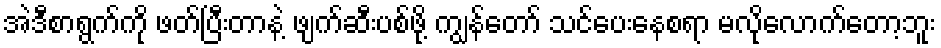
အဲဒီစာရွက်ကို ဖတ်ပြီးတာနဲ့ ဖျက်ဆီးပစ်ဖို့ ကျွန်တော် သင်ပေးနေစရာ မလိုလောက်တော့ဘူး